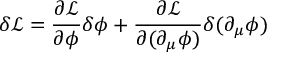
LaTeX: \delta { \mathcal { L } } = { \frac { \partial { \mathcal { L } } } { \partial \phi } } \delta \phi + { \frac { \partial { \mathcal { L } } } { \partial ( \partial _ { \mu } \phi ) } } \delta ( \partial _ { \mu } \phi )